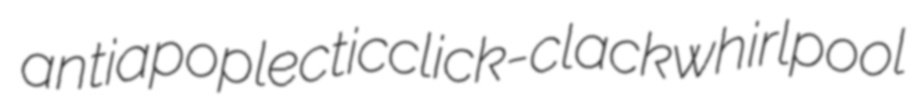
antiapoplectic click-clack whirlpool